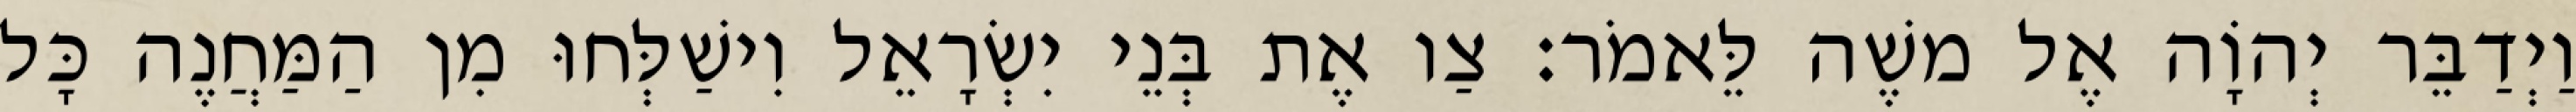
וַיְדַבֵּר יְהוָֹה אֶל משֶׁה לֵּאמֹר׃ צַו אֶת בְּנֵי יִשְׂרָאֵל וִישַׁלְּחוּ מִן הַמַּחֲנֶה כָּל